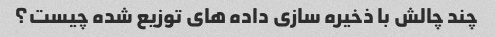
چند چالش با ذخیره سازی داده های توزیع شده چیست؟